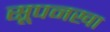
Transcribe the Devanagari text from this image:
सूपनखा